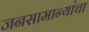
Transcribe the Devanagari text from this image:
जनसामान्यांचा